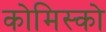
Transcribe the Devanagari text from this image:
कोमिस्को